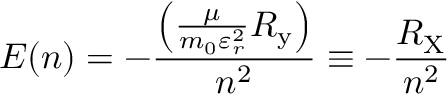
E ( n ) = - { \frac { \left( { \frac { \mu } { m _ { 0 } \varepsilon _ { r } ^ { 2 } } } R _ { \mathrm { y } } \right) } { n ^ { 2 } } } \equiv - { \frac { R _ { \mathrm { X } } } { n ^ { 2 } } }